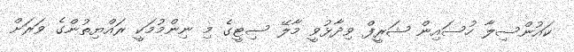
ކައުންސިލާ ހުސައިން ޝަރީފް ވިދާޅުވީ މާލޭ ސިޓީގެ މި ނިންމުމަކީ ރައްޔިތުންގެ ވަރަށް